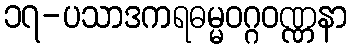
၁၇-ပသာဒကရဓမ္မဝဂ္ဂဝဏ္ဏနာ